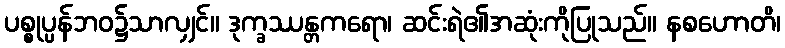
ပစ္စုပ္ပန်ဘဝ၌သာလျှင်။ ဒုက္ခဿန္တကရော၊ ဆင်းရဲ၏အဆုံးကိုပြုသည်။ နစဟောတိ၊